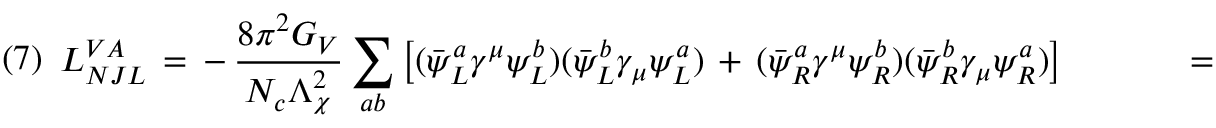
( 7 ) \begin{array} { l l } { { { \cal L } _ { N J L } ^ { V A } \, = \, - \, \displaystyle { { \frac { 8 \pi ^ { 2 } G _ { V } } { N _ { c } \Lambda _ { \chi } ^ { 2 } } } \sum _ { a b } \left[ ( { \bar { \psi } } _ { L } ^ { a } \gamma ^ { \mu } \psi _ { L } ^ { b } ) ( { \bar { \psi } } _ { L } ^ { b } \gamma _ { \mu } \psi _ { L } ^ { a } ) \, + \, ( { \bar { \psi } } _ { R } ^ { a } \gamma ^ { \mu } \psi _ { R } ^ { b } ) ( { \bar { \psi } } _ { R } ^ { b } \gamma _ { \mu } \psi _ { R } ^ { a } ) \right] } ~ \ \; \; \; \; \; \; \; \; \; \, = \, - \, \displaystyle { \frac { 4 \pi ^ { 2 } G _ { V } } { 3 N _ { c } \Lambda _ { \chi } ^ { 2 } } } \left[ ( { \bar { \psi } } \gamma ^ { \mu } \psi ) ^ { 2 } \, + \, ( { \bar { \psi } } \gamma _ { 5 } \gamma ^ { \mu } \psi ) ^ { 2 } \right] ~ \ \; \; \; \; \; \; \; \; \; \; \; \; \; \, - \, \displaystyle { { \frac { 8 \pi ^ { 2 } G _ { V } } { N _ { c } \Lambda _ { \chi } ^ { 2 } } } \sum _ { i = 1 } ^ { 8 } \left[ ( { \bar { \psi } } \gamma ^ { \mu } t _ { i } \psi ) ^ { 2 } \, + \, ( { \bar { \psi } } \gamma _ { 5 } \gamma ^ { \mu } t _ { i } \psi ) ^ { 2 } \right] } ~ , } } \end{array}